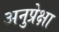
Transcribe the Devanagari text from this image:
अनुप्रेक्षा